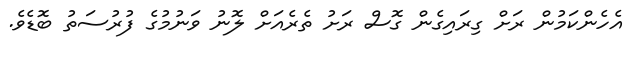
އެހެންކަމުން ރަށް ގިރައިގެން ގޮސް ރަށު ތެރެއަށް ލޮނު ވަނުމުގެ ފުރުސަތު ބޮޑެވެ.